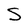
Character: S